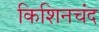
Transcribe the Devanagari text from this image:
किशिनचंद